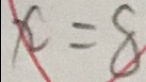
x = 8